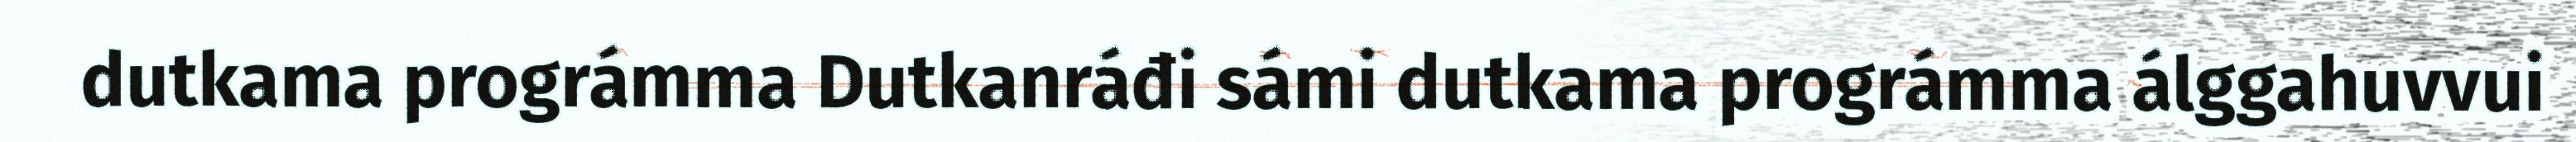
dutkama prográmma Dutkanráđi sámi dutkama prográmma álggahuvvui